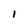
Character: 1